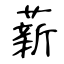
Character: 薪